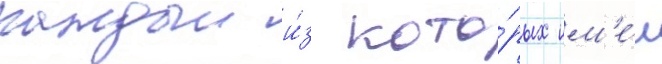
каждыи и́з кото́рых им'е́л